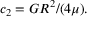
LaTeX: c _ { 2 } = G R ^ { 2 } / ( 4 \mu ) .